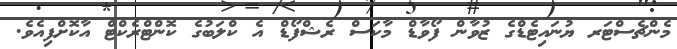
މެންޗެސްޓަރ ޔުނައިޓެޑްގެ ޒުވާން ފޯވާޑް މާކަސް ރެޝްފޯޑް އެ ކްލަބުގެ ކޮންޓްރެކްޓް އާކޮށްފިއެވެ.